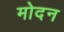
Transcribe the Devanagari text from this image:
मोदन